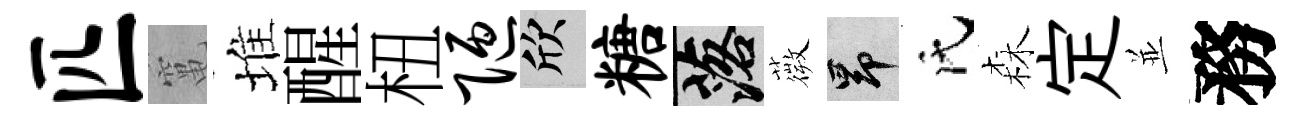
匹𥧄堆醒杻陋欣糖落薇昂氏森定並務